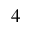
^ { 4 }